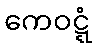
ကေဝဋ္ဋံ